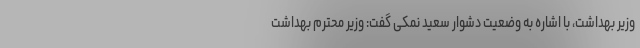
وزیر بهداشت، با اشاره به وضعیت دشوار سعید نمکی گفت: وزیر محترم بهداشت